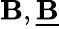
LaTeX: \mathbf{B},{\underline{{{\mathbf{B}}}}}